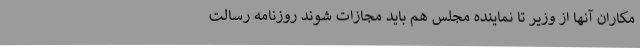
مکاران آنها از وزیر تا نماینده مجلس هم باید مجازات شوند روزنامه رسالت